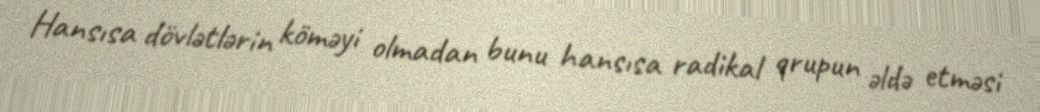
Hansısa dövlətlərin köməyi olmadan bunu hansısa radikal qrupun əldə etməsi